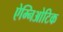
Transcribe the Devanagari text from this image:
ऐम्निओटिक